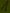
Text: 1